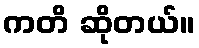
ကတိ ဆိုတယ်။